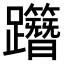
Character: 𨇸